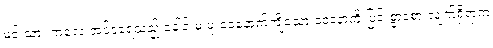
မင်းသား ကလေးအင်ဒရေသည် ခေါင်းမှ မူးဝေနောက်ကျိသော ဝေဒနာကို ပြင်းစွာခံစားလျက်ရှိရာက